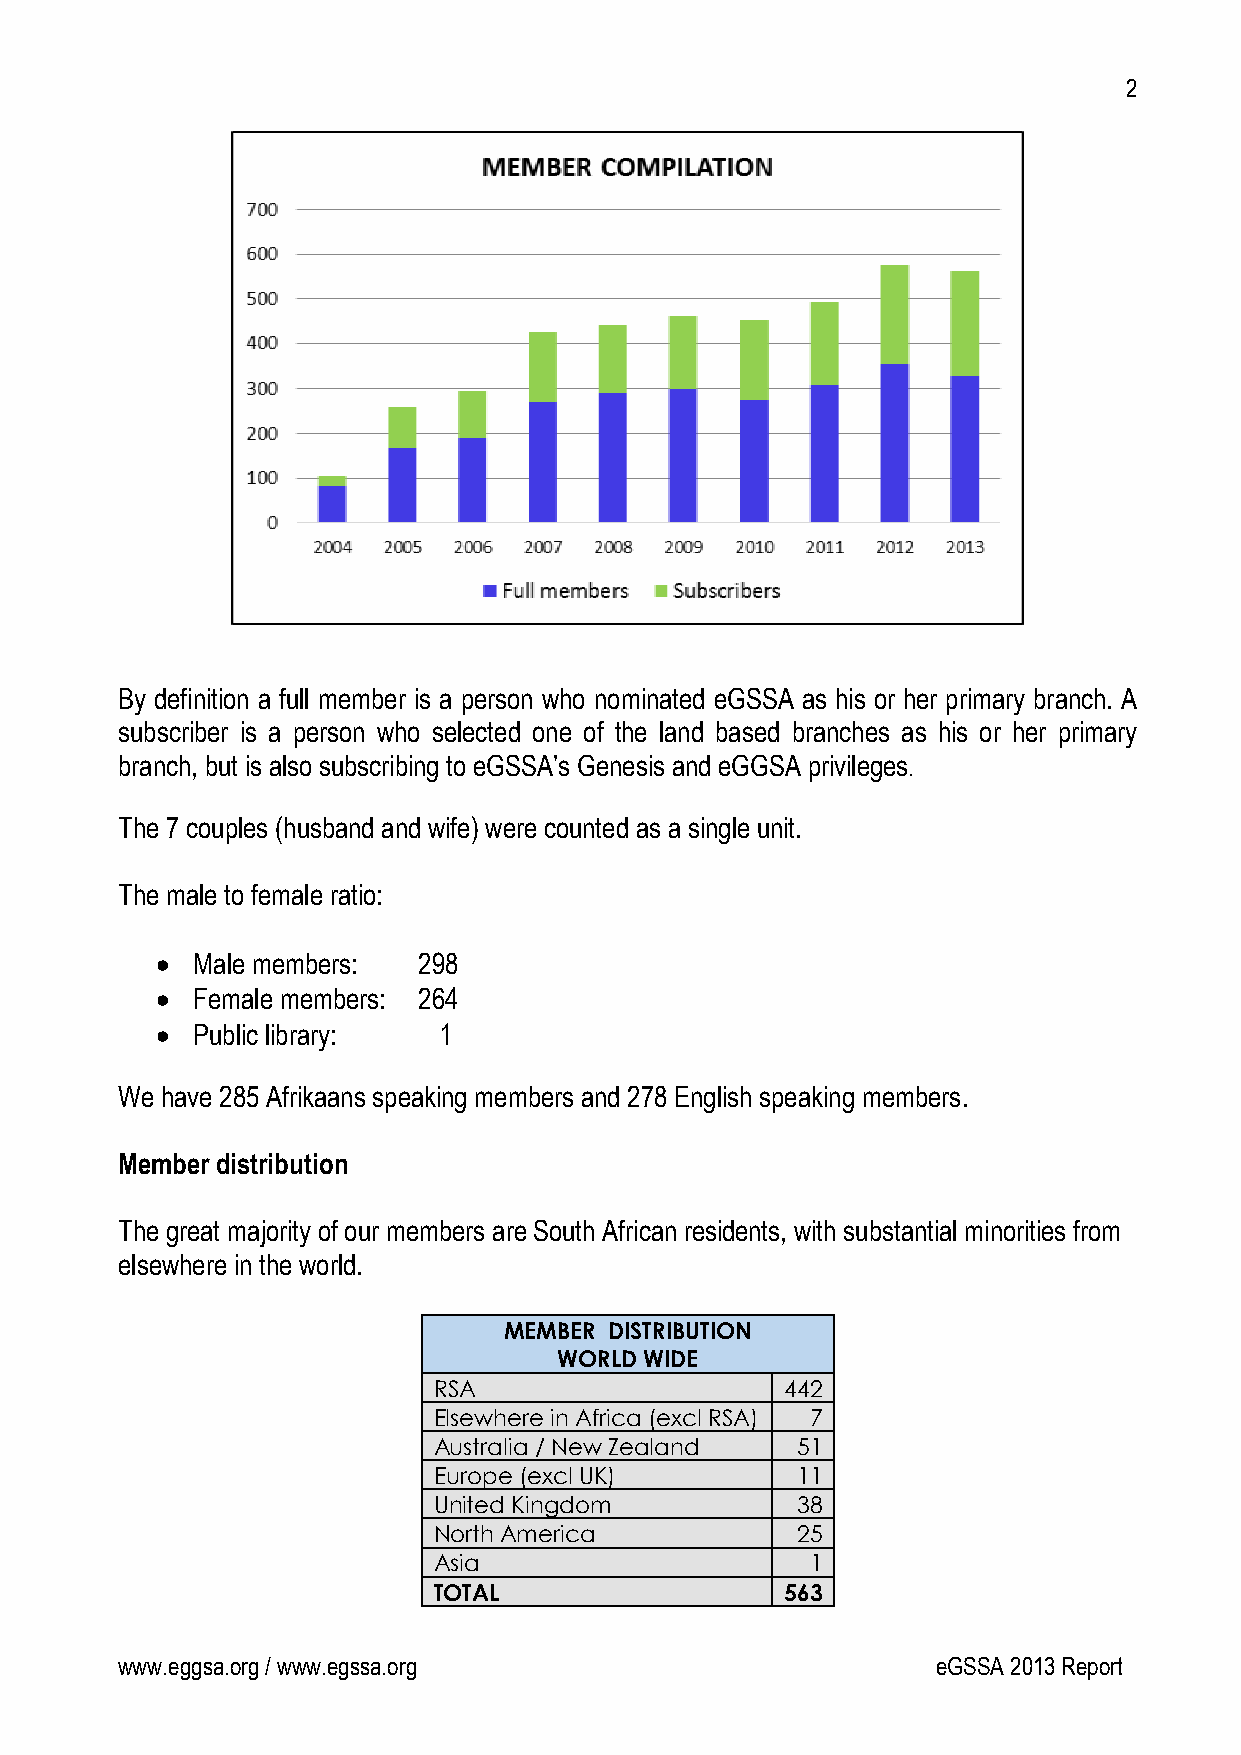
2
 By definition a full member is a person who nominated eGSSA as his or her primary branch. A
 subscriber is a person who selected one of the land based branches as his or her primary
 branch, but is also subscribing to eGSSA’s Genesis and eGGSA privileges.
 The 7 couples (husband and wife) were counted as a single unit.
 The male to female ratio:
   Male members:  298
   Female members: 264
   Public library: 1
 We have 285 Afrikaans speaking members and 278 English speaking members.
 Member distribution
 The great majority of our members are South African residents, with substantial minorities from
 elsewhere in the world.
 MEMBER DISTRIBUTION
 WORLD WIDE
 RSA                    442
 Elsewhere in Africa (excl RSA) 7
 Australia / New Zealand 51
 Europe (excl UK)        11
 United Kingdom          38
 North America           25
 Asia                     1
 TOTAL                  563
 www.eggsa.org / www.egssa.org                         eGSSA 2013 Report